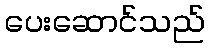
ပေးဆောင်သည်